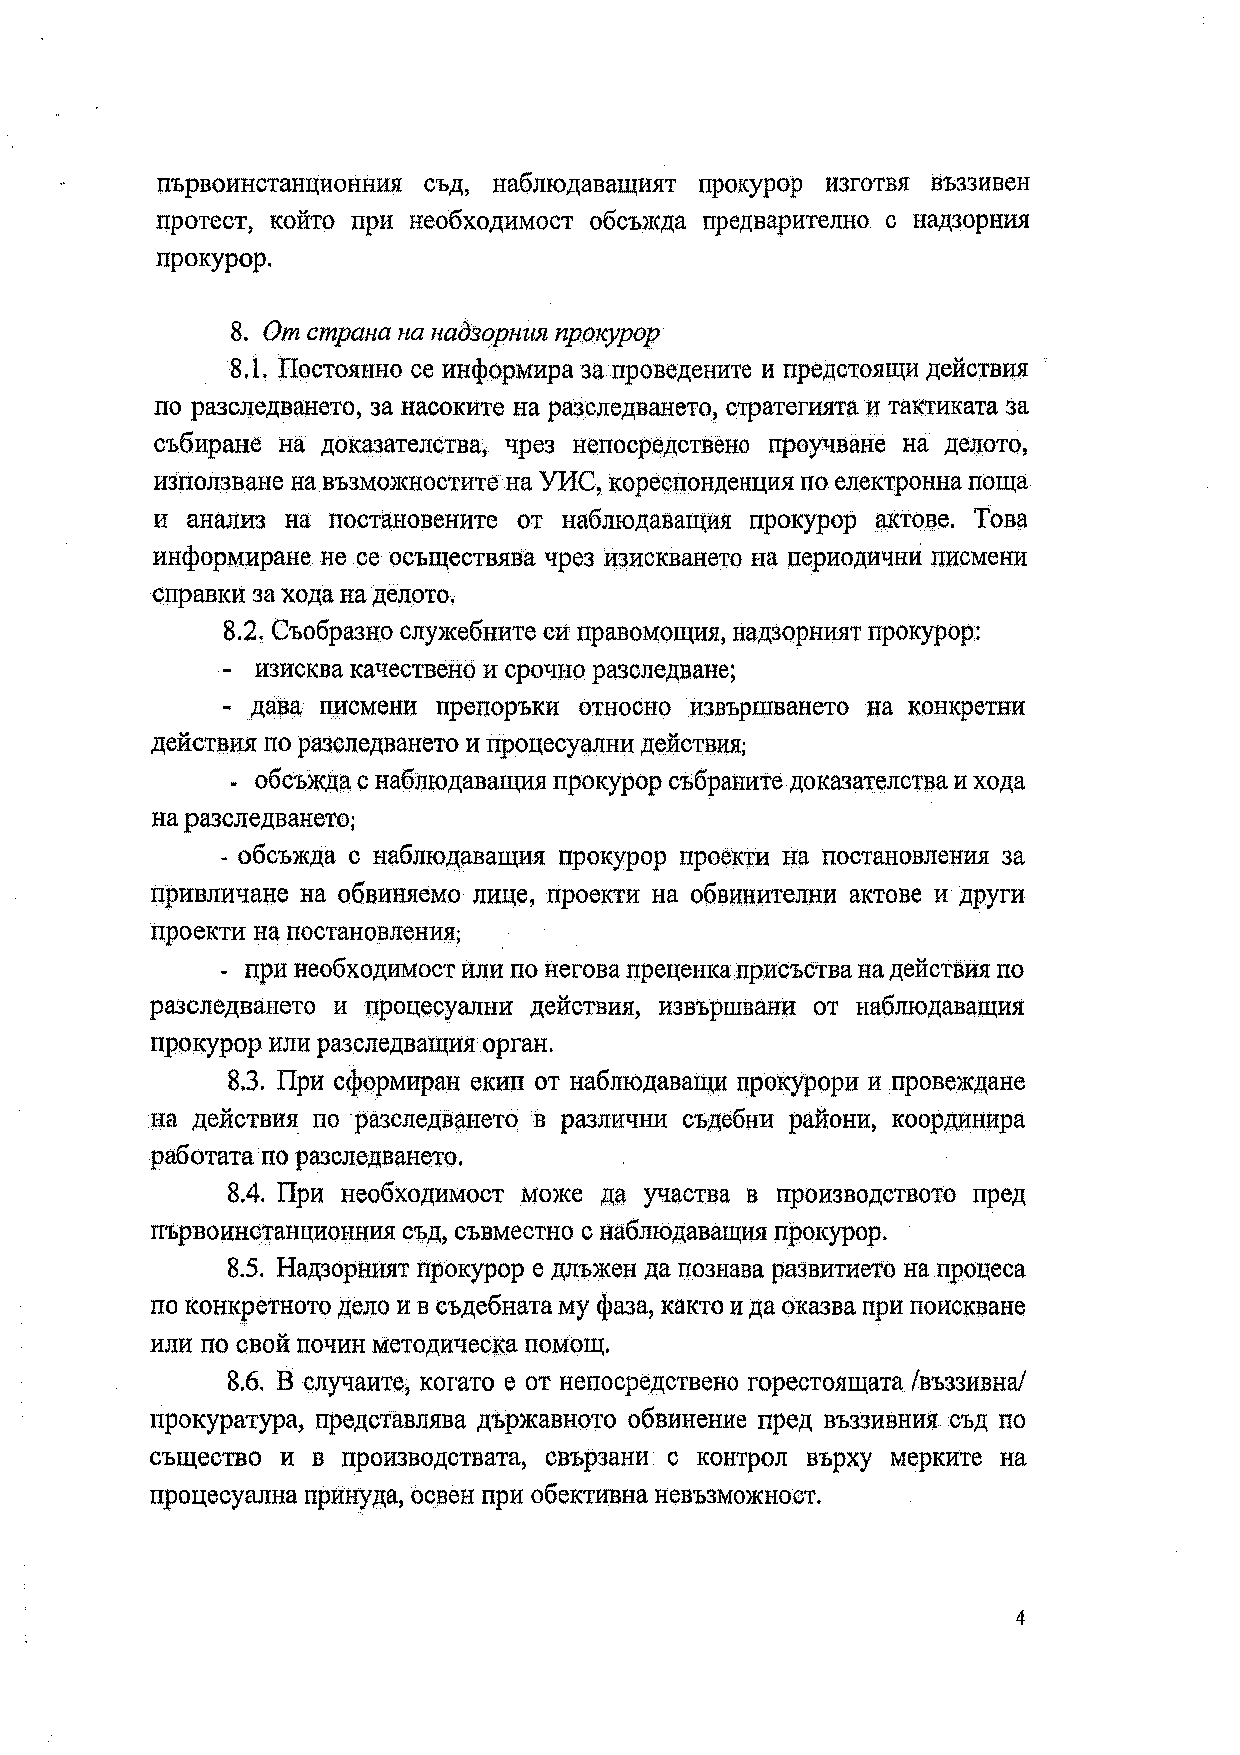
първоинстанционния съд, наблюдаващият прокурор изготвя въззивен
 протест, който при необходимост обсъжда предварително с надзорния
 прокурор.
 8.
 От страна на надзорния прокурор
 8.1.
 Постоянно се информира за проведените и предстоящи действия
 по разследването, за насоките на разследването, стратегията и тактиката за
 събиране на доказателства, чрез непосредствено проучване на делото,
 използване на възможностите на УИС, кореспонденция по електронна поща
 и  анализ на постановените от наблюдаващия прокурор актове. Това
 информиране не се осъществява чрез изискването на периодични писмени
 справки за хода на делото.
 8.2.
 Съобразно служебните си правомощия, надзорният прокурор:
 -
 изисква качествено и срочно разследване;
 ~ дава писмени препоръки относно извършването на конкретни
 действия по разследването и процесуални действия;
 -
 обсъжда с наблюдаващия прокурор събраните доказателства и хода
 на разследването;
 -
 обсъжда с наблюдаващия прокурор проекти на постановления за
 привличане на обвиняемо лице, проекти на обвинителни актове и други
 проекти на постановления;
 -
 при необходимост или по негова преценка присъства на действия по
 разследването и процесуални действия, извършвани от наблюдаващия
 прокурор или разследващия орган.
 8.3.
 При сформиран екип от наблюдаващи прокурори и провеждане
 на действия по разследването в различни съдебни райони, координира
 работата по разследването.
 8.4.
 При необходимост може да участва в производството пред
 първоинстанционния съд, съвместно с наблюдаващия прокурор.
 8.5.
 Надзорният прокурор е длъжен да познава развитието на процеса
 по конкретното дело и в съдебната му фаза, както и да оказва при поискване
 или по свой почин методическа помощ.
 8.6.
 В случаите, когато е от непосредствено горестоящата /въззивна/
 прокуратура, представлява държавното обвинение пред въззивния съд по
 същество и в производствата, свързани с контрол върху мерките на
 процесуална принуда, освен при обективна невъзможност.
 4